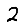
Digit: 2